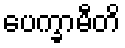
ပေက္ခာမီတိ